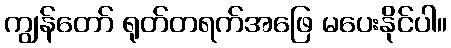
ကျွန်တော် ရုတ်တရက်အဖြေ မပေးနိုင်ပါ။